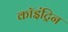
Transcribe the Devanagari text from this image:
कॉइंट्रिन